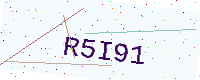
Text: R5I91